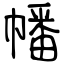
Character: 幡